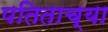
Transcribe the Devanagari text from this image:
पतिताच्या